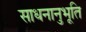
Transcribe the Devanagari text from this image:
साधनानुभूति